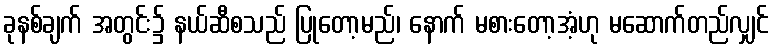
ခုနစ်ချက် အတွင်း၌ နယ်ဆီစသည် ပြုတော့မည်၊ နောက် မစားတော့အံ့ဟု မဆောက်တည်လျှင်